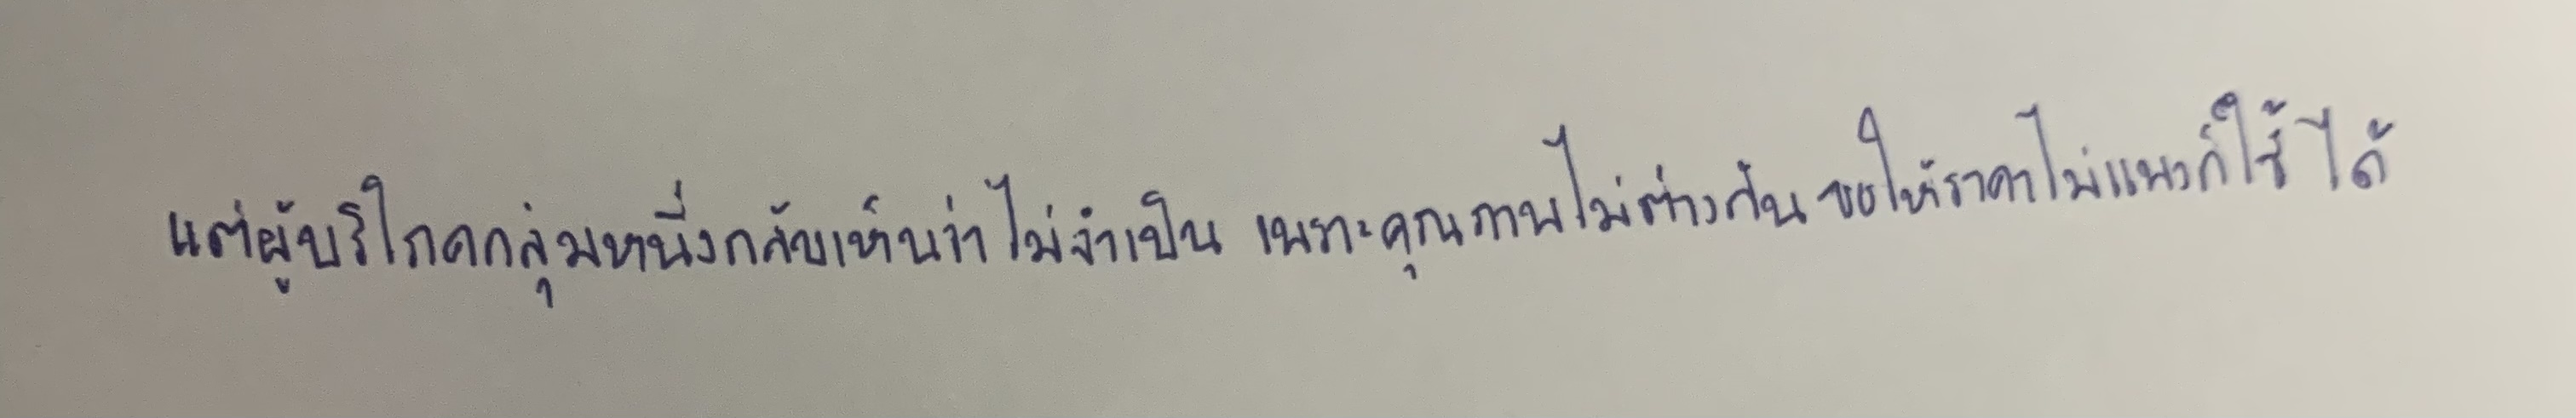
แต่ผู้บริโภคกลุ่มหนึ่งกลับเห็นว่าไม่จำเป็นเพราะคุณภาพไม่ต่างกันขอให้ราคาไม่แพงก็ใช้ได้